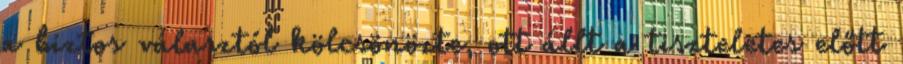
a biztos választól kölcsönözte, ott állt a tiszteletes előtt